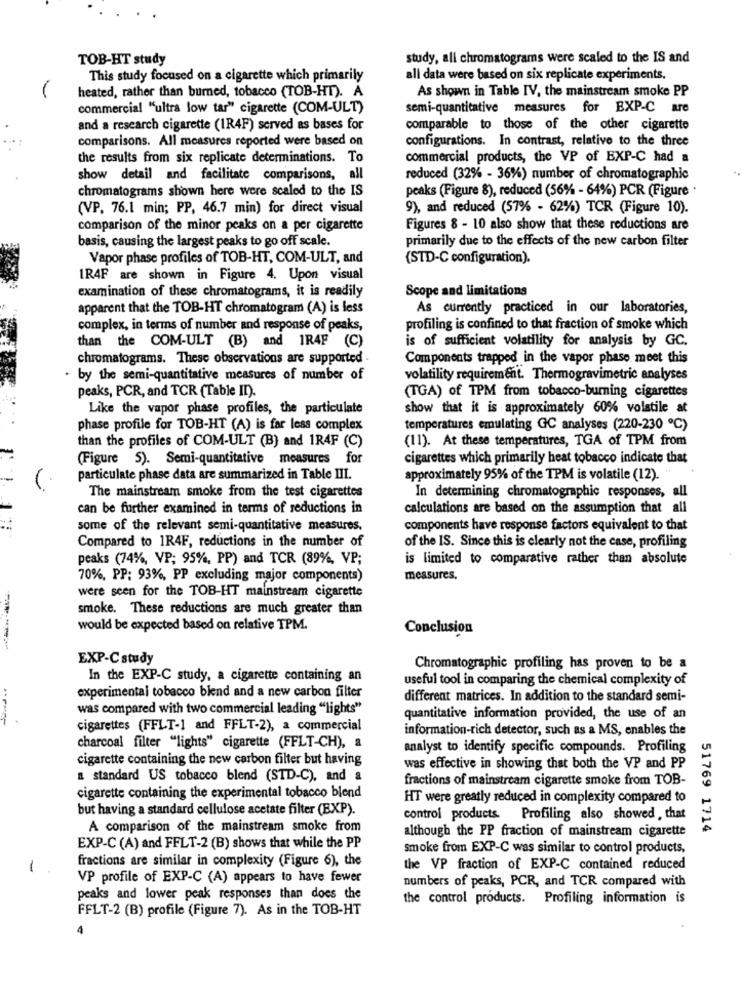
TOB-HT study
study, all chromatograms were scaled to the IS and
This study focused on a cigarette which primarily
all data were based on six replicate experiments.
heated, rather than burned, tobacco (TOB-HT). A
As shown in Table IV, the mainstream smoke PP
commercial "ultra low tar" cigarette (COM-ULT)
semi-quantitative measures for EXP-C are
and a research cigarette (IR4F) served as bases for
comparable to those of the other cigarette
comparisons. All measures reported were based on
configurations. In contrast, relative to the three
the results from six replicate determinations. To
commercial products, the VP of EXP-C had a
show detail and facilitate comparisons, all
reduced (32% - 36%) number of chromatographic
chromatograms shown here were scaled to the IS
peaks (Figure 8), reduced (56% - 64%) PCR (Figure ·
(VP. 76.1 min; PP, 46.7 min) for direct visual
9), and reduced (57% - 62%) TCR (Figure 10).
comparison of the minor peaks on a per cigarette
Figures 8 - 10 also show that these reductions are
basis, causing the largest peaks to go off scale.
primarily due to the effects of the new carbon filter
Vapor phase profiles of TOB-HT, COM-ULT, and
(STD-C configuration).
IR4F are shown in Figure 4. Upon visual
examination of these chromatograms, it is readily
Scope and limitations
apparent that the TOB-HT chromatogram (A) is less
As currently practiced in our laboratories,
complex, in terms of number and response of peaks,
profiling is confined to that fraction of smoke which
than the COM-ULT (B) and 1R4F (C)
is of sufficient volatility for analysis by GC.
chromatograms. These observations are supported
Components trapped in the vapor phase meet this
by the semi-quantitative measures of number of
volatility requirement. Thermogravimetric analyses
(TGA) of TPM from tobacco-burning cigarettes
peaks, PCR, and TCR (Table II).
Like the vapor phase profiles, the particulate
show that it is approximately 60% volstile at
phase profile for TOB-HT (A) is far less complex
temperatures emulating GC analyses (220-230 ℃)
than the profiles of COM-ULT (B) and 1R4F (C)
(11). At these temperatures, TGA of TPM from
(Figure 5). Semi-quantitative measures for
cigarettes which primarily heat tobacco indicate that
particulate phase data are summarized in Table III.
approximately 95% of the TPM is volatile (12).
The mainstream smoke from the test cigarettes
In determining chromatographic responses, all
can be further examined in terms of reductions in
calculations are based on the assumption that all
some of the relevant semi-quantitative measures.
components have response factors equivalent to that
Compared to 1R4F, reductions in the number of
of the IS. Since this is clearly not the case, profiling
peaks (74%, VP; 95%, PP) and TCR (89%, VP;
is limited to comparative rather than absolute
70%, PP: 93%, PP excluding major components)
measures,
were seen for the TOB-HT mainstream cigarette
smoke. These reductions are much greater than
would be expected based on relative TPM.
Conclusion
EXP-C study
Chromatographic profiling has proven to be a
In the EXP-C study, a cigarette containing an
useful tool in comparing the chemical complexity of
experimental tobacco blend and a new carbon filter
different matrices. In addition to the standard semi-
was compared with two commercial leading "lights"
quantitative information provided, the use of an
cigarettes (FFLT-1 and FFLT-2), a commercial
information-rich detector, such as a MS, enables the
charcoal filter "lights" cigarette (FFLT-CH), a
analyst to identify specific compounds. Profiling
cigarette containing the new carbon filter but having
was effective in showing that both the VP and PP
a standard US tobacco blend (STD-C), and a
fractions of mainstream cigarette smoke from TOB-
cigarette containing the experimental tobacco blend
HT were greatly reduced in complexity compared to
but having a standard cellulose acetate filter (EXP).
control products. Profiling also showed, that
A comparison of the mainstream smoke from
although the PP fraction of mainstream cigarette
51769 1714
EXP-C (A) and FFLT-2 (B) shows that while the PP
smoke from EXP-C was similar to control products.
-
fractions are similar in complexity (Figure 6), the
the VP fraction of EXP-C contained reduced
VP profile of EXP-C (A) appears to have fewer
numbers of peaks, PCR, and TCR compared with
peaks and lower peak responses than does the
the control products. Profiling information is
FFLT-2 (B) profile (Figure 7). As in the TOB-HT
4